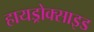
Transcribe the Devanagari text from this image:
हायड्रोक्साइड